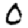
Digit: 0